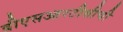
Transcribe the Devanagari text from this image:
बीएसआरटीसीची